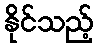
နိုင်သည့်